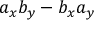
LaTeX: a _ { x } b _ { y } - b _ { x } a _ { y }